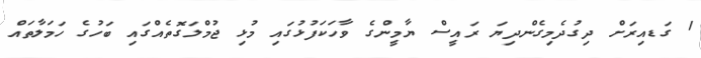
1 ގަޑއިރަށް ދިގުދެމިގެންދިޔަ ރައީސް ޔާމީންގެ ވާހަކަފުޅުގައި މުޅި ޖުމްލަގޮތެއްގައި ބަހުގެ ހަމަލާތައް